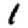
Digit: 1